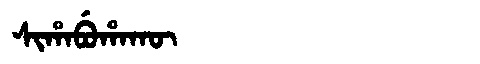
Manchu: ᠰᡳᡥᠠᠪᡠᡥᠠᡴᡡ
Romanization: SIHABUHAKŪ